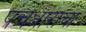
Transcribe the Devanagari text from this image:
पंचधाराचा